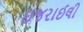
ઇજરાઈલી